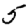
Digit: 5